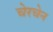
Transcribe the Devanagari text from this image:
चेरचेन